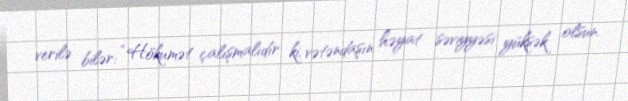
verilə bilər: “Hökumət çalışmalıdır ki, vətəndaşın həyat səviyyəsi yüksək olsun.